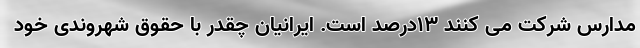
مدارس شرکت می کنند ۱۳درصد است. ایرانیان چقدر با حقوق شهروندی خود